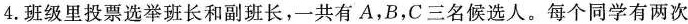
4.班级里投票选举班长和副班长，一共有A，B，C三名候选人。每个同学有两次